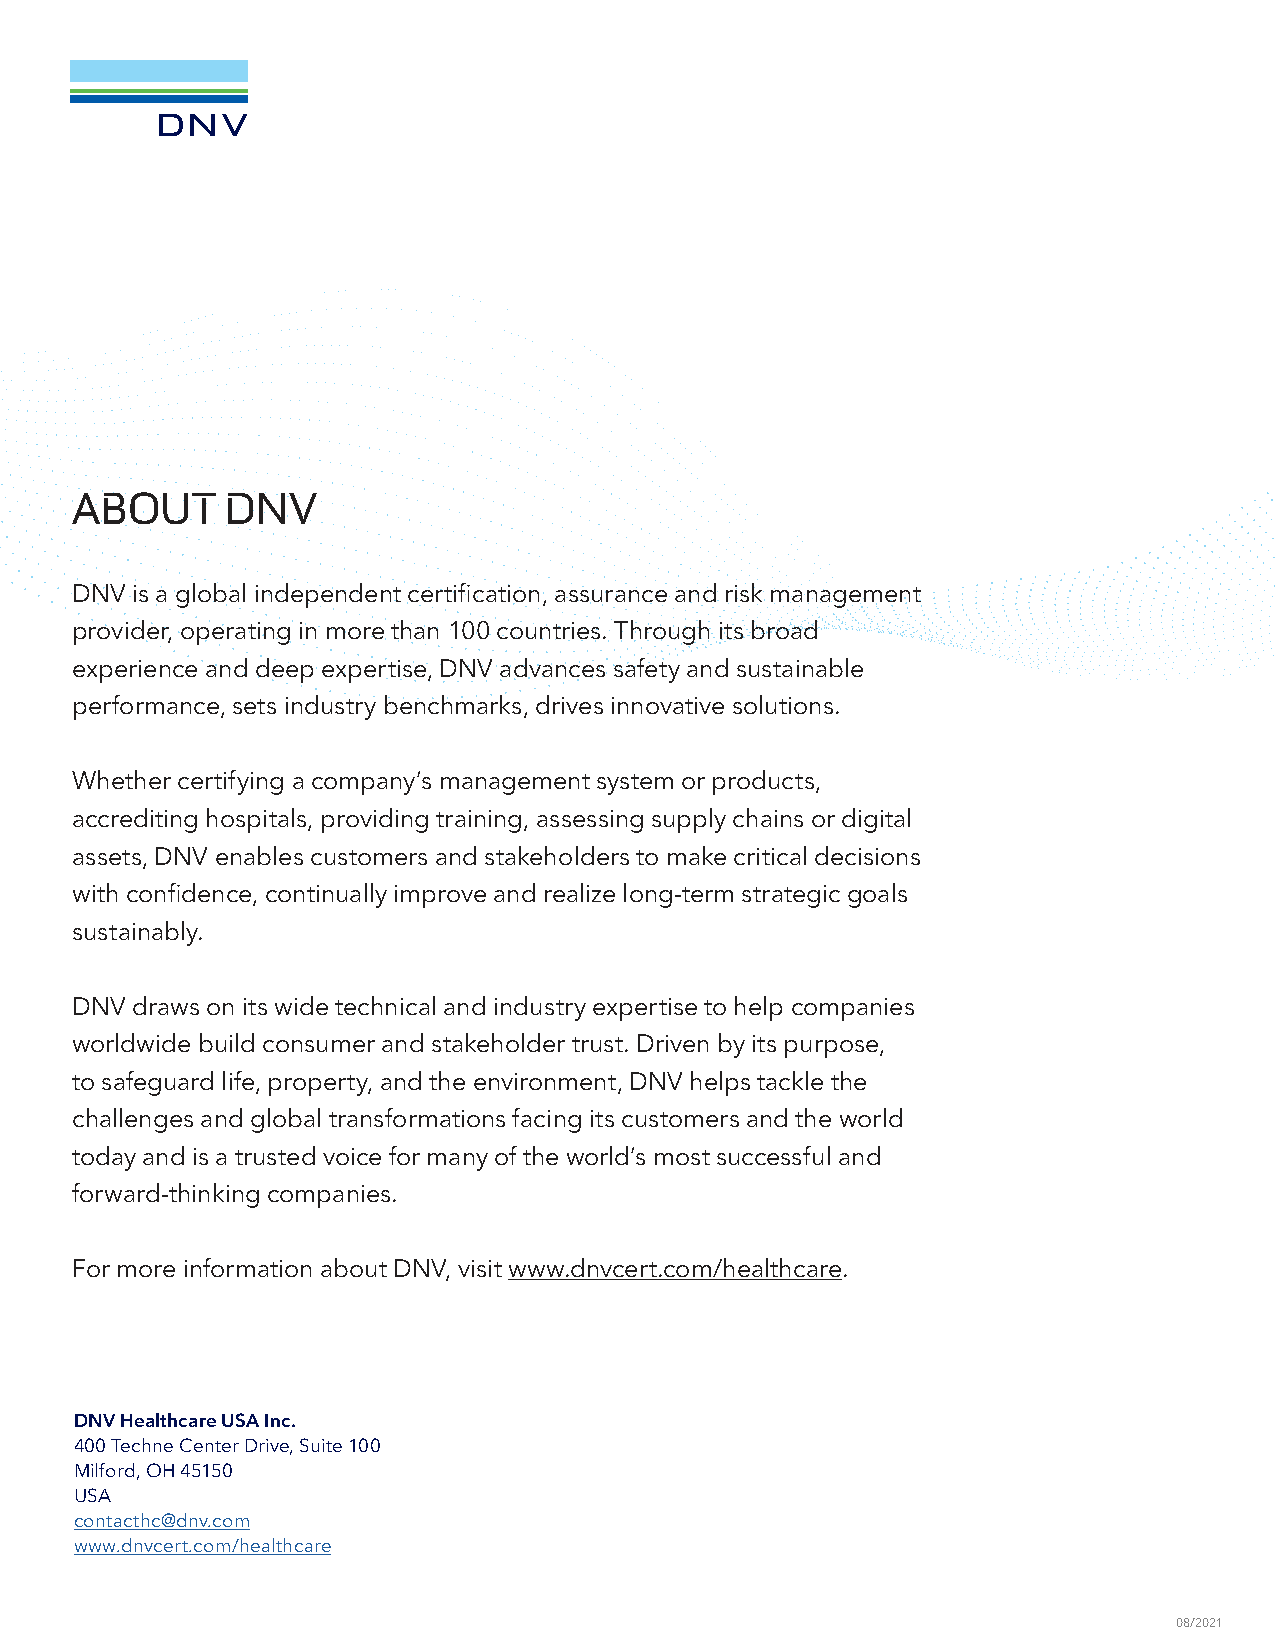
ABOUT     DNV
 DNV is a global independent certification, assurance and risk management
 provider, operating in more than 100 countries. Through its broad
 experience and deep expertise, DNV advances safety and sustainable
 performance, sets industry benchmarks, drives innovative solutions.
 Whether certifying a company’s management system or products,
 accrediting hospitals, providing training, assessing supply chains or digital
 assets, DNV enables customers and stakeholders to make critical decisions
 with confidence, continually improve and realize long-term strategic goals
 sustainably.
 DNV draws on its wide technical and industry expertise to help companies
 worldwide build consumer and stakeholder trust. Driven by its purpose,
 to safeguard life, property, and the environment, DNV helps tackle the
 challenges and global transformations facing its customers and the world
 today and is a trusted voice for many of the world’s most successful and
 forward-thinking companies.
 For more information about DNV, visit www.dnvcert.com/healthcare.
 DNV Healthcare USA Inc.
 400 Techne Center Drive, Suite 100
 Milford, OH 45150
 USA
 contacthc@dnv.com
 www.dnvcert.com/healthcare
 08/2021